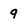
Character: q